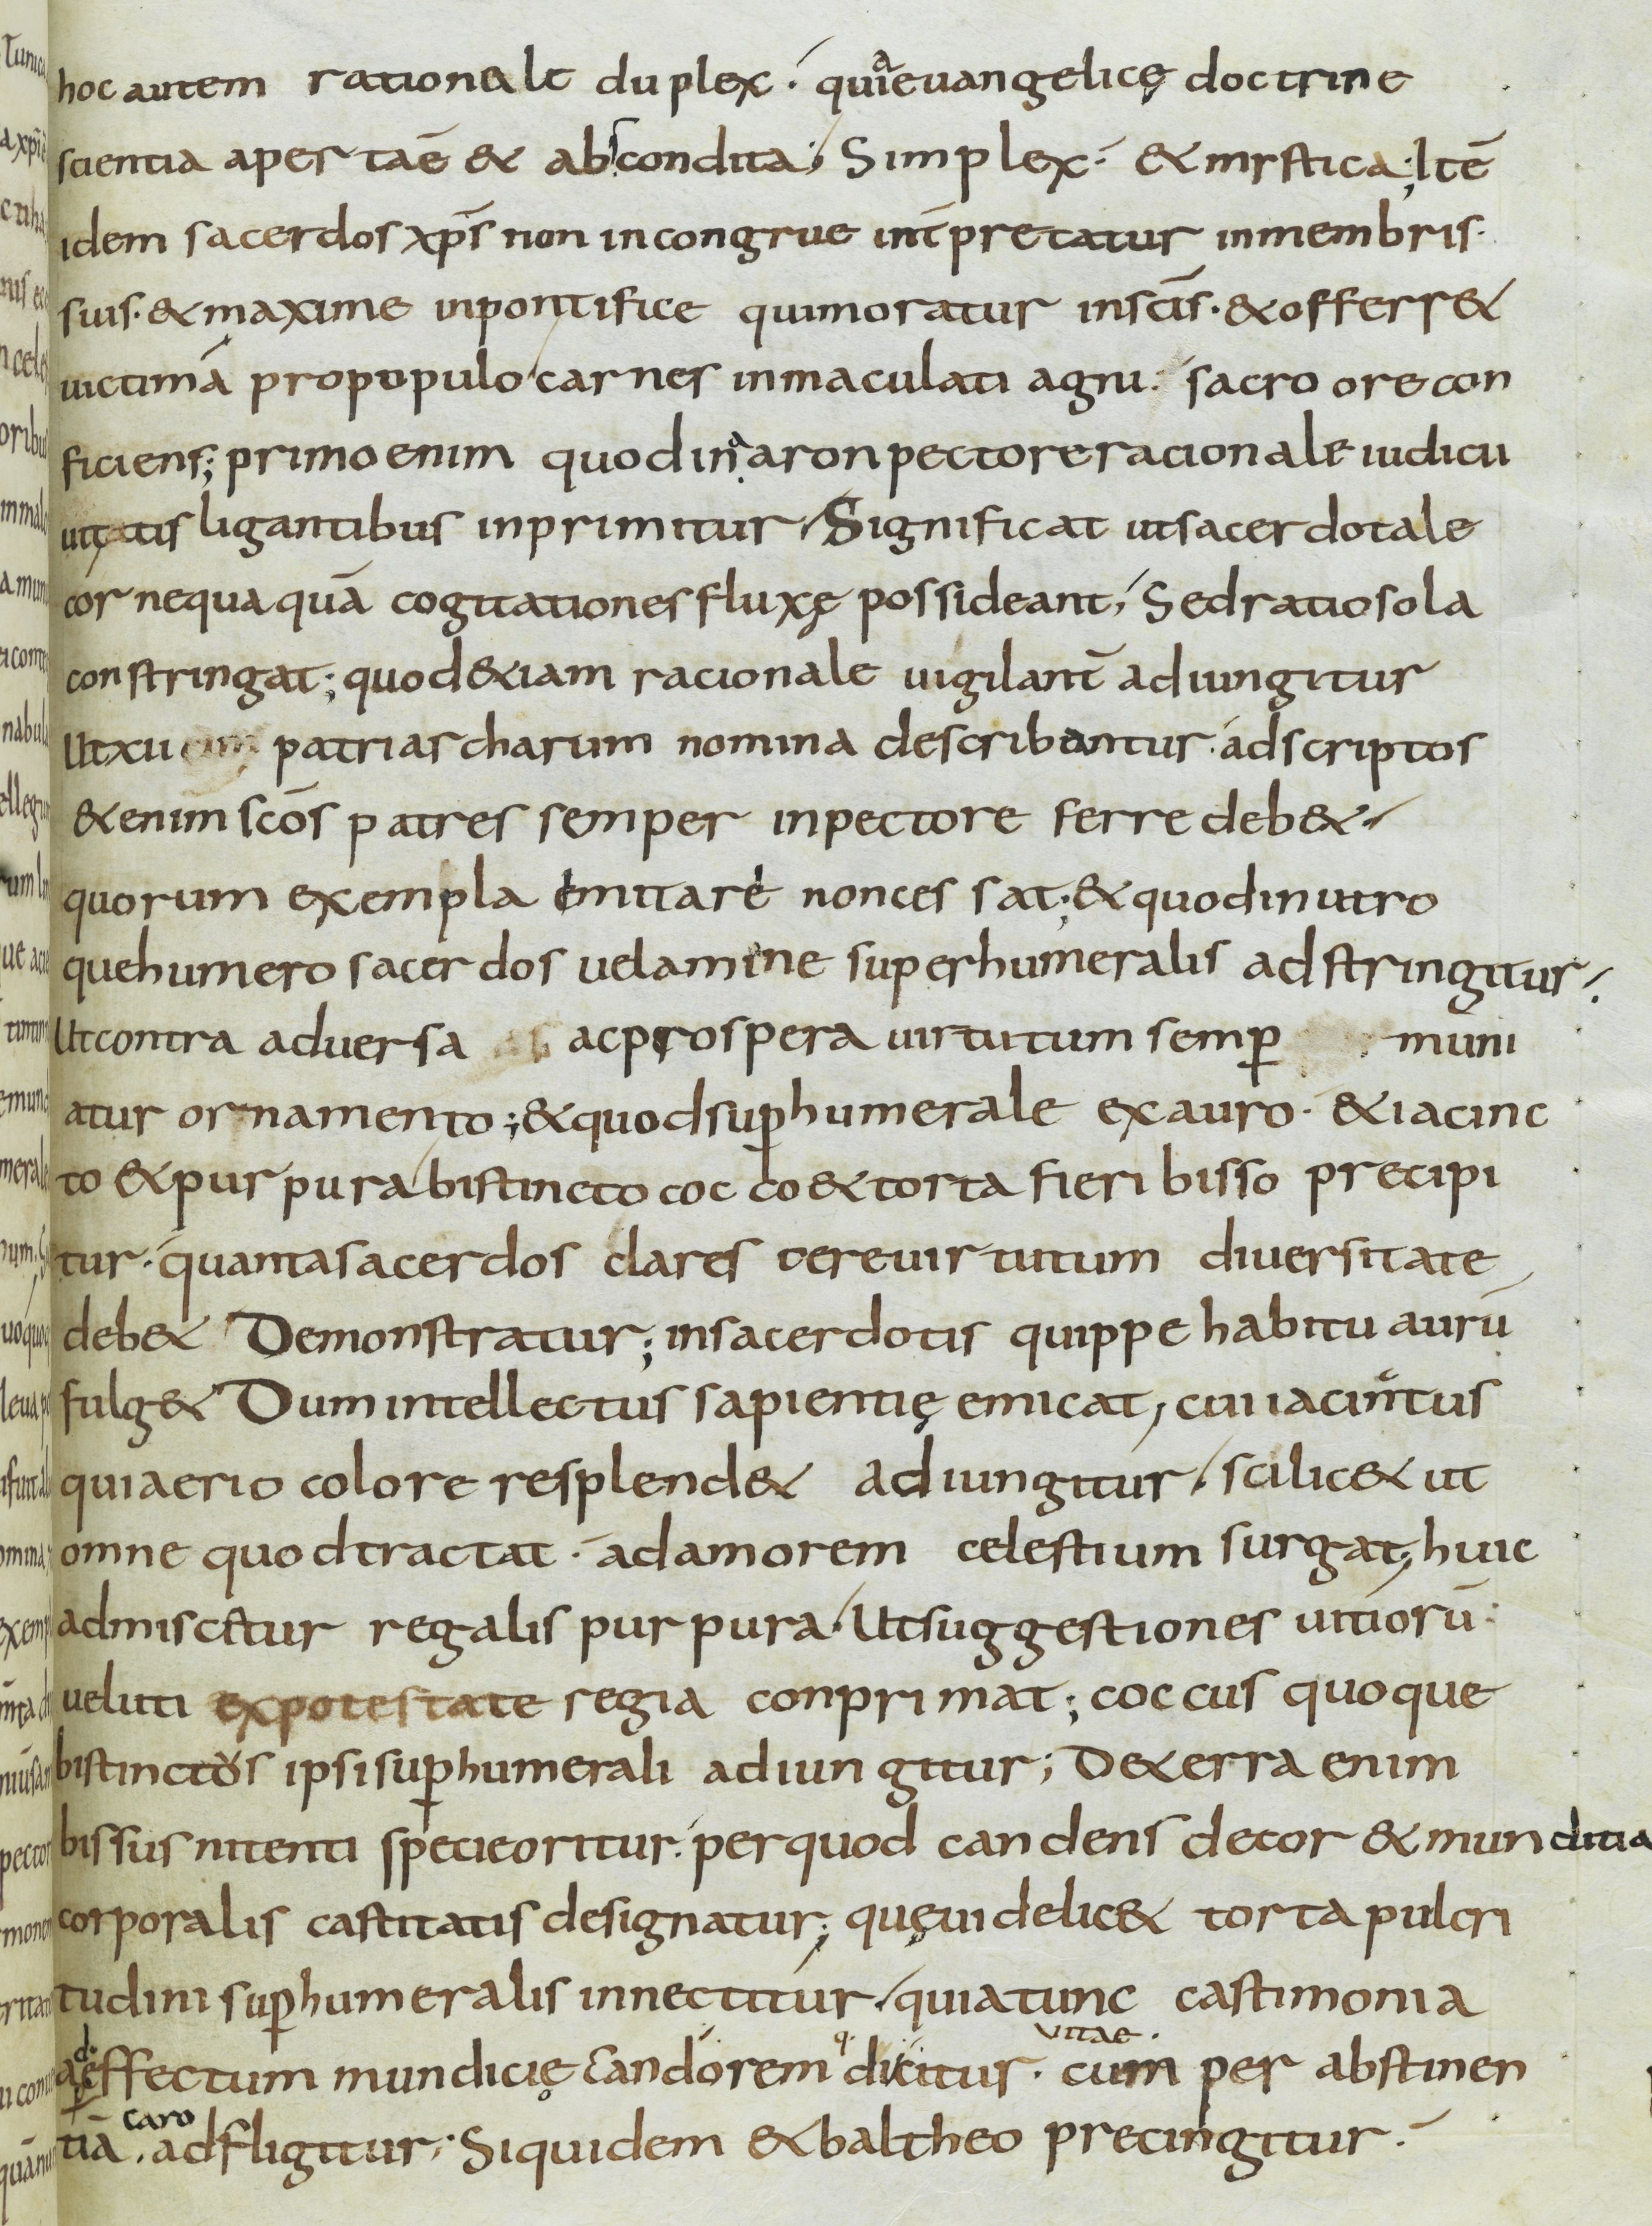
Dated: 800–899